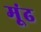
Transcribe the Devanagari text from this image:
मूंढ